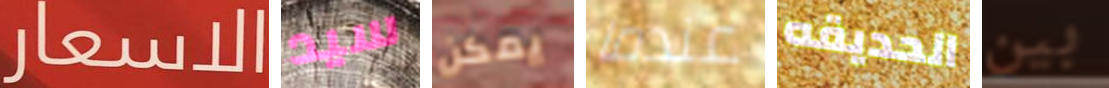
الاسعار سيد يمكن عندما الحديقه بين